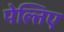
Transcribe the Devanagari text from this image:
पेल्तिए